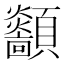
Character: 顲